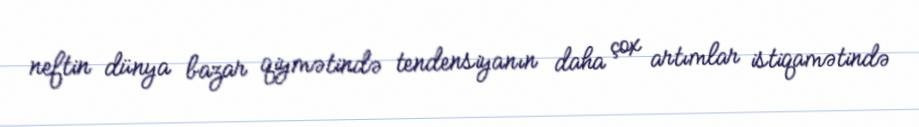
neftin dünya bazar qiymətində tendensiyanın daha çox artımlar istiqamətində